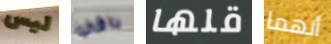
ليس باقي قلها أنهما